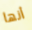
أنها